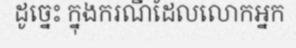
ដូច្នេះ ក្នុងករណីដែលលោកអ្នក